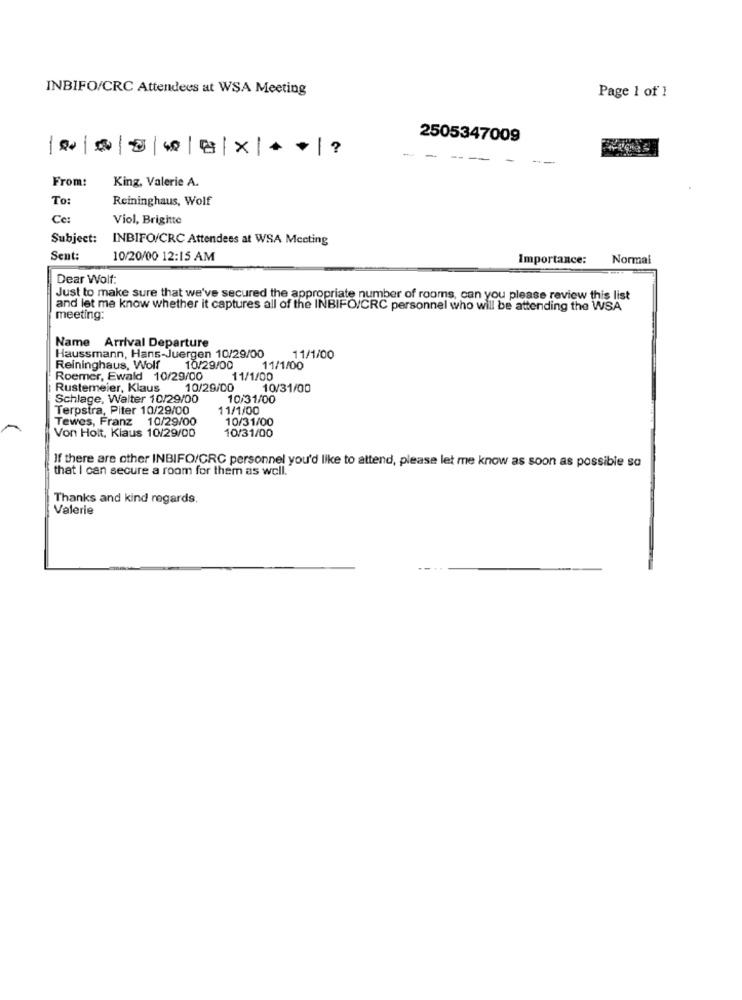
INBIFO/CRC Attendees at WSA Meeting
Page 1 of 1
2505347009
-
-
From:
King, Valerie A.
To:
Reininghaus, Wolf
Ce:
Viol, Brigitte
Subject:
INBIFO/CRC Attendees at WSA Meeting
Sent:
10/20/00 12:15 AM
Importance:
Normal
Dear Wolf:
Just to make sure that we've secured the appropriate number of rooms, can you please review this list
and let me know whether it captures all of the INBIFO/CRC personnel who will be attending the WSA
meeting:
Name Arrival Departure
Haussmann, Hans-Juergen 10/29/00
11/1/00
Reininghaus, Wolf 10/29/00
11/1/00
Roemer, Ewald 10/29/00
11/1/00
Rustemeier, Klaus
10/29/00
10/31/00
Schlage, Walter 10/29/00
10/31/00
Terpstra, Piter 10/29/00
11/1/00
Tewes, Franz 10/29/00
10/31/00
10/31/00
Von Holt, Klaus 10/29/00
If there are other INBIFO/CRC personnel you'd like to attend, please let me know as soon as possible so
that I can secure a room for them as well.
Thanks and kind regards.
Valerie